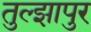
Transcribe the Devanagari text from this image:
तुल्झापुर